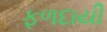
ફળદાયી